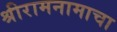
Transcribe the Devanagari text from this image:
श्रीरामनामाचा